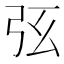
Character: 𢏁